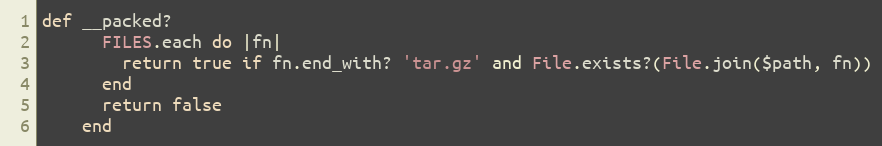
Language: Ruby
def __packed?
      FILES.each do |fn|
        return true if fn.end_with? 'tar.gz' and File.exists?(File.join($path, fn))
      end
      return false
    end